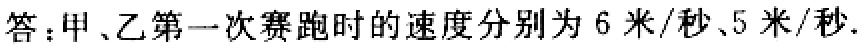
答：甲、乙第一次赛跑时的速度分别为 6 米/秒、5 米/秒.